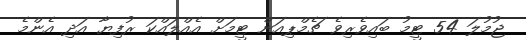
ޖުމުލަ 54 ޓީމު ބައިވެރިވެ ޗެމްޕިއަން ޓީމަށް އެއްލައްކަ ރުފިޔާ އަދި އެންމެ